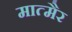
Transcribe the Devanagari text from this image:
मात्मैर